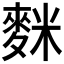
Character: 𪌬